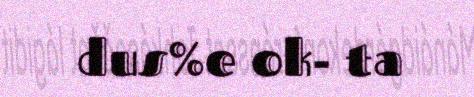
dus%e ok- ta